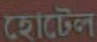
হোটেল